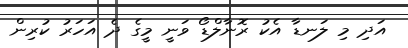
އަދި މި ލަނޑާ އެކު ރޮނާލްޑޯ ވަނީ މީގެ ދެ އަހަރު ކުރިން